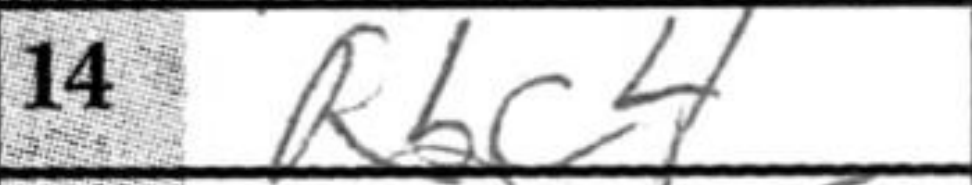
Transcription: Rbc4